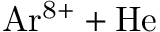
\mathrm { A r ^ { 8 + } + H e }